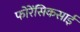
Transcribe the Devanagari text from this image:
फोरेंसिकसाई